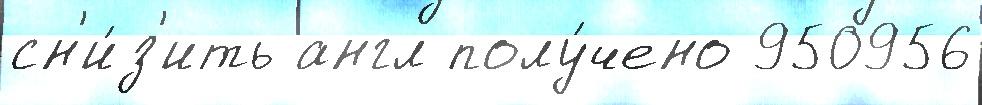
сн'и́з'ить англ полу́чено 950956